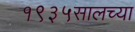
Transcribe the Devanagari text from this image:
१९३५सालच्या